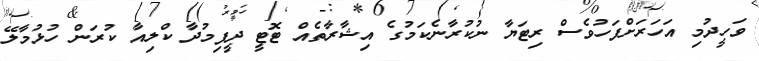
ވަހީދުމި އަހަރަށްފަހުވެސް ރިޓަޔާ ނުކުރާނެކަމުގެ އިޝާރާތެއް ޓޮޓީ ދީފިމުދާ ކްލިއާ ކުރަން ހުޅުމާލޭ